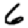
Digit: 6